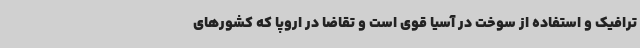
ترافیک و استفاده از سوخت در آسیا قوی است و تقاضا در اروپا که کشورهای